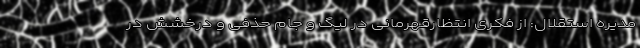
مدیره استقلال: از فکری انتظارقهرمانی در لیگ و جام حذفی و درخشش در